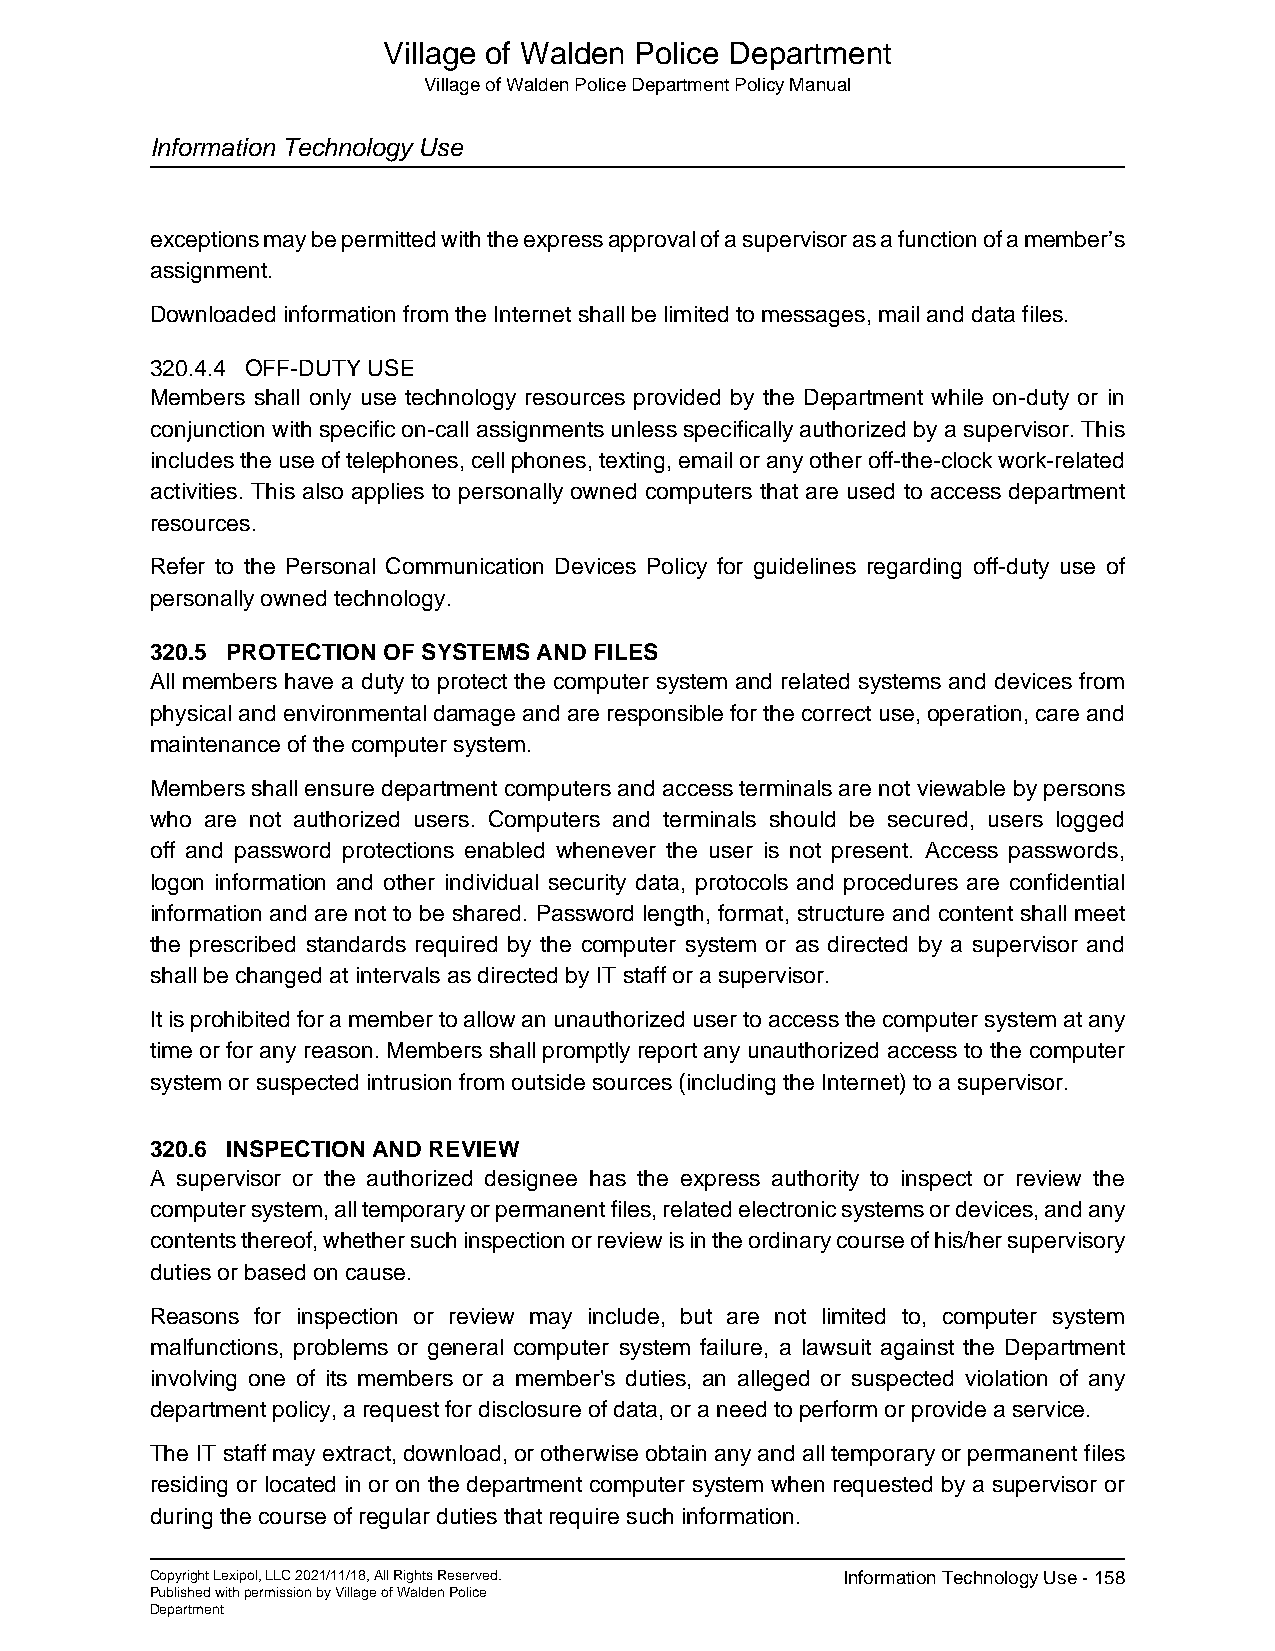
Village of Walden Police Department
 Village of Walden Police Department Policy Manual
 Information Technology Use
 exceptions may be permitted with the express approval of a supervisor as a function of a member’s
 assignment.
 Downloaded information from the Internet shall be limited to messages, mail and data files.
 320.4.4 OFF-DUTY USE
 Members shall only use technology resources provided by the Department while on-duty or in
 conjunction with specific on-call assignments unless specifically authorized by a supervisor. This
 includes the use of telephones, cell phones, texting, email or any other off-the-clock work-related
 activities. This also applies to personally owned computers that are used to access department
 resources.
 Refer to the Personal Communication Devices Policy for guidelines regarding off-duty use of
 personally owned technology.
 320.5 PROTECTION OF SYSTEMS AND FILES
 All members have a duty to protect the computer system and related systems and devices from
 physical and environmental damage and are responsible for the correct use, operation, care and
 maintenance of the computer system.
 Members shall ensure department computers and access terminals are not viewable by persons
 who are not authorized users. Computers and terminals should be secured, users logged
 off and password protections enabled whenever the user is not present. Access passwords,
 logon information and other individual security data, protocols and procedures are confidential
 information and are not to be shared. Password length, format, structure and content shall meet
 the prescribed standards required by the computer system or as directed by a supervisor and
 shall be changed at intervals as directed by IT staff or a supervisor.
 It is prohibited for a member to allow an unauthorized user to access the computer system at any
 time or for any reason. Members shall promptly report any unauthorized access to the computer
 system or suspected intrusion from outside sources (including the Internet) to a supervisor.
 320.6 INSPECTION AND REVIEW
 A supervisor or the authorized designee has the express authority to inspect or review the
 computer system, all temporary or permanent files, related electronic systems or devices, and any
 contents thereof, whether such inspection or review is in the ordinary course of his/her supervisory
 duties or based on cause.
 Reasons for inspection or review may include, but are not limited to, computer system
 malfunctions, problems or general computer system failure, a lawsuit against the Department
 involving one of its members or a member's duties, an alleged or suspected violation of any
 department policy, a request for disclosure of data, or a need to perform or provide a service.
 The IT staff may extract, download, or otherwise obtain any and all temporary or permanent files
 residing or located in or on the department computer system when requested by a supervisor or
 during the course of regular duties that require such information.
 Copyright Lexipol, LLC 2021/11/18, All Rights Reserved. Information Technology Use - 158
 Published with permission by Village of Walden Police
 Department